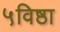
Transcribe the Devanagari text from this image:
५विष्ठा